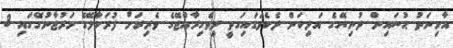
އާމިނަތު ޙުސައިން ދުނިޔޭގެ އަލިކަން ދެކެވަޑައިގަތީ ދިވެހިރާއްޖޭގެ ވެރިރަށް ފުރަމާލޭގެ މަރުޖާނުގޭގައި 3